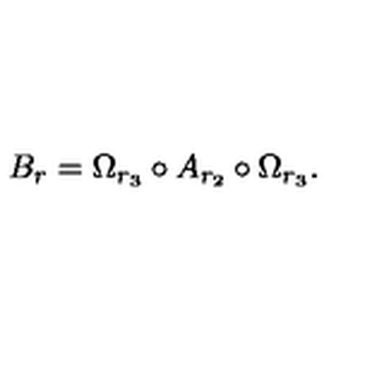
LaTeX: B _ { r } = \Omega _ { r _ { 3 } } \circ A _ { r _ { 2 } } \circ \Omega _ { r _ { 3 } } .